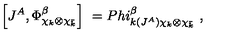
\left[ J ^ { A } , \Phi _ { \chi _ { k } \otimes \chi _ { \bar { k } } } ^ { \beta } \right] \ = P h i _ { k ( J ^ { A } ) \chi _ { k } \otimes \chi _ { \bar { k } } } ^ { \beta } \ ,